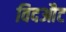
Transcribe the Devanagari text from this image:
विदऔट